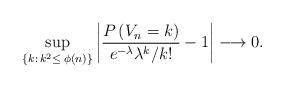
LaTeX: \begin{align*} \sup_{\{k:\,k^2\leq \> \phi(n)\}} \left|\frac{P\left(V_n = k\right)}{e^{-\lambda} \lambda^{k}/k!} - 1 \right|\longrightarrow 0.\end{align*}